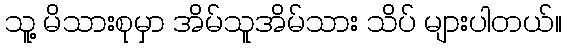
သူ့ မိသားစုမှာ အိမ်သူအိမ်သား သိပ် များပါတယ်။